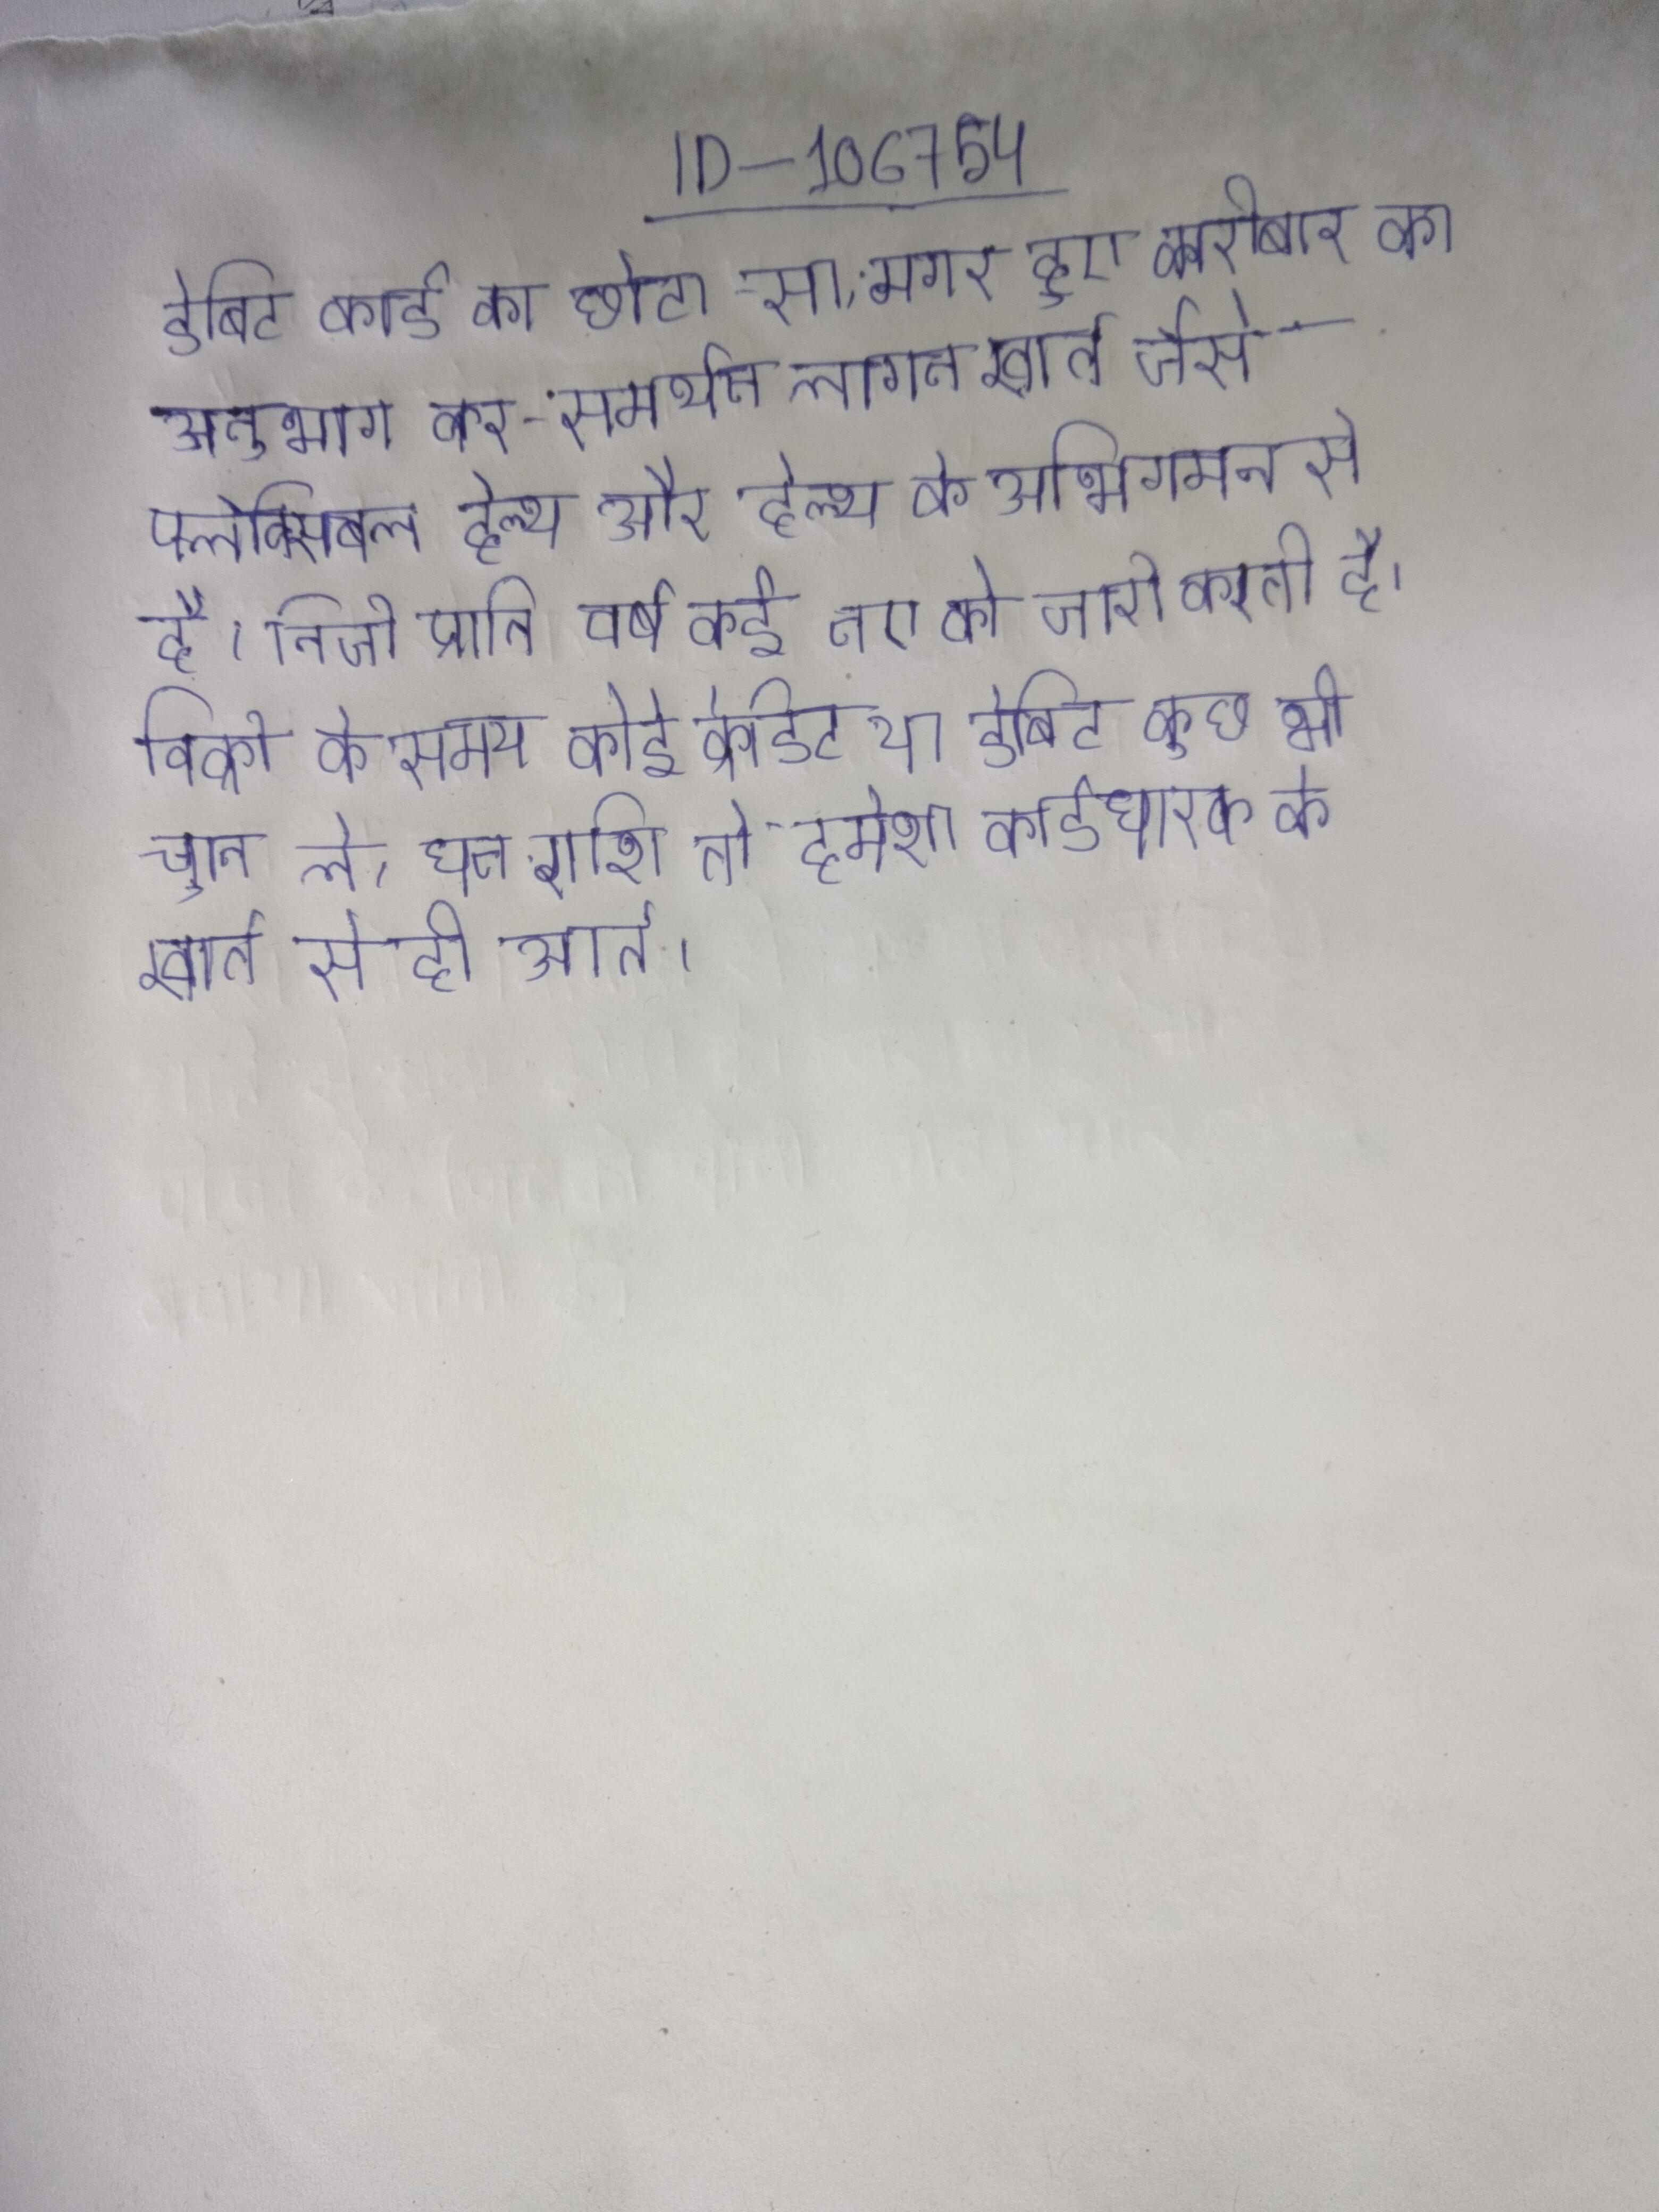
डेबिट कार्ड का छोटा-सा, मगर हुए कारोबार का अनुभाग कर-समर्थन लागत खाते जैसे फ्लेक्सिबल हेल्थ और हेल्थ के अभिगमन से है । निजी प्रति वर्ष कई नए को जारी करती है । बिक्री के समय कोई क्रेडिट या डेबिट कुछ भी चुन ले, धन राशि तो हमेशा कार्डधारक के खाते से ही आते ।